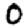
Digit: 0